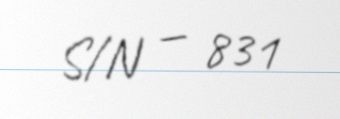
S/N — 831